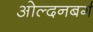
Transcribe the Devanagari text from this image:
ओल्दनबर्ग